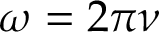
\omega = 2 \pi \nu